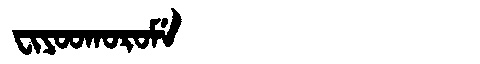
Manchu: ᠸᡳᠶᠣᠣᡴᠣᡵᠣᠮᡝ
Romanization: FIYOOKOROME